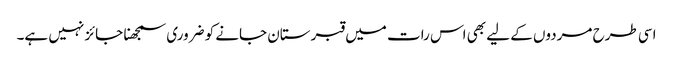
اسی طرح مردوں کے لیے بھی اس رات میں قبرستان جانے کو ضروری سمجھنا جائز نہیں ہے۔